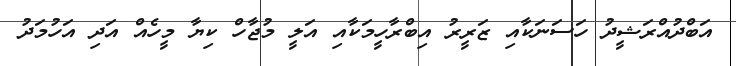
އަބްދުއްރަޝީދު ހަސަނަކާއި ޒަރީރު އިބްރާހީމަކާއި އަލީ މުޖާހް ކިޔާ މީހެއް އަދި އަހުމަދު